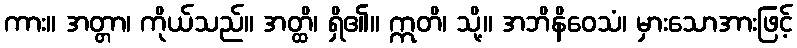
ကား။ အတ္တာ၊ ကိုယ်သည်။ အတ္ထိ၊ ရှိ၏။ ဣတိ၊ သို့။ အဘိနိဝေသံ၊ မှားသောအားဖြင့်